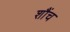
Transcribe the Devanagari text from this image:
शौंच